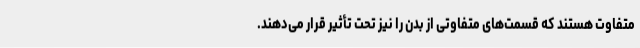
متفاوت هستند که قسمت‌های متفاوتی از بدن را نیز تحت تأثیر قرار می‌دهند.